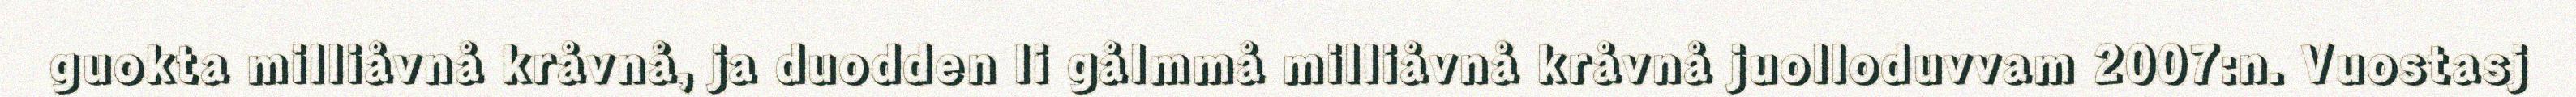
guokta milliåvnå kråvnå, ja duodden li gålmmå milliåvnå kråvnå juolloduvvam 2007:n. Vuostasj